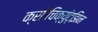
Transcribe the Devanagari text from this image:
क्सोचिक्युंट्झिन